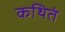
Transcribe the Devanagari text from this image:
कथितं